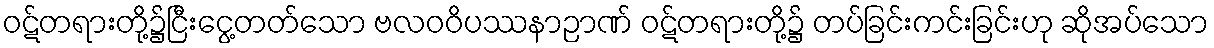
ဝဋ်တရားတို့၌ငြီးငွေ့တတ်သော ဗလဝဝိပဿနာဉာဏ် ဝဋ်တရားတို့၌ တပ်ခြင်းကင်းခြင်းဟု ဆိုအပ်သော